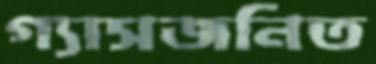
গ্যাসজনিত